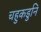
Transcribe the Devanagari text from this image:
चहुकडुनि